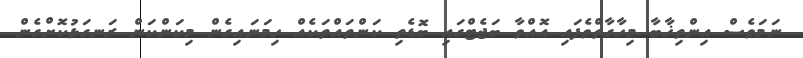
ނަމަވެސް އިންތިޚާބާ މިހާގާތްވެފައި އޮއްވާ ބަޖެޓްގައި ބޮޑެތި ކަންތައްތަކެއް ހިމަނައިގެން މިކަންކަން ރަނގަޅުކޮށްގެން